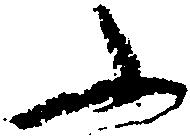
ふ